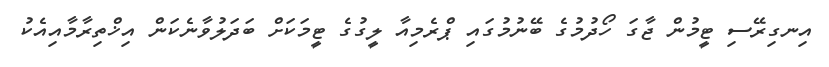
އިނގިރޭސި ޓީމުން ޖާގަ ހޯދުމުގެ ބޭނުމުގައި ޕްރެމިއާ ލީގުގެ ޓީމަކަށް ބަދަލުވާނެކަން އިޚްތިރާމާއިއެކު